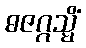
ဓဇဂ္ဂသ္မိံ